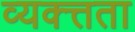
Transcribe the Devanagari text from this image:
व्यक्त्तता